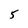
Character: 5